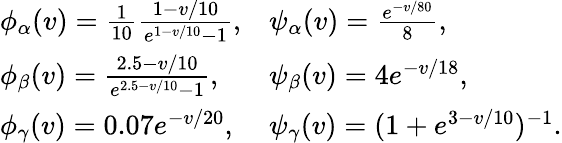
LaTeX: \begin{array}{r}{\begin{array}{ll}{\phi_{\alpha}(v)=\frac{1}{10}\frac{1-v/10}{e^{1-v/10}-1},}&{\psi_{\alpha}(v)=\frac{e^{-v/80}}{8},}\\ {\phi_{\beta}(v)=\frac{2.5-v/10}{e^{2.5-v/10}-1},}&{\psi_{\beta}(v)=4e^{-v/18},}\\ {\phi_{\gamma}(v)=0.07e^{-v/20},}&{\psi_{\gamma}(v)=(1+e^{3-v/10})^{-1}.}\end{array}}\end{array}